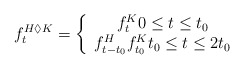
\begin{align*}f_{t}^{H\Diamond K}=\left\{\begin{array}[c]{c}f_{t}^{K}0\leq t\leq t_{0}\\f_{t-t_{0}}^{H}f_{t_{0}}^{K}t_{0}\leq t\leq2t_{0}\end{array}\right. \end{align*}